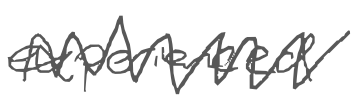
Text: experienced
Cross-out: zig-zag
Writing tool: digital_gray